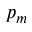
p _ { m }